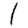
Digit: 1